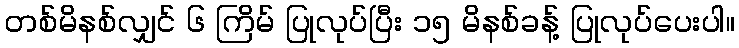
တစ်မိနစ်လျှင် ၆ ကြိမ် ပြုလုပ်ပြီး ၁၅ မိနစ်ခန့် ပြုလုပ်ပေးပါ။